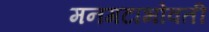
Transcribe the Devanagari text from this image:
मनगटाभोवती